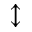
\updownarrow